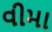
વીમા